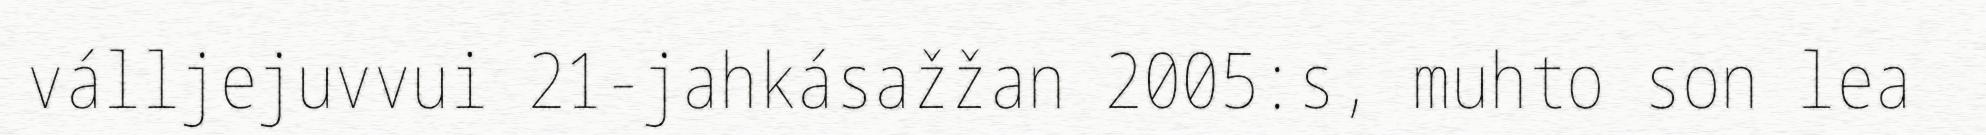
válljejuvvui 21‐jahkásažžan 2005:s, muhto son lea